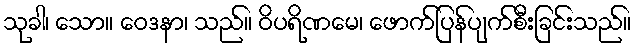
သုခါ၊ သော။ ဝေဒနာ၊ သည်။ ဝိပရိဏမေ၊ ဖောက်ပြန်ပျက်စီးခြင်းသည်။